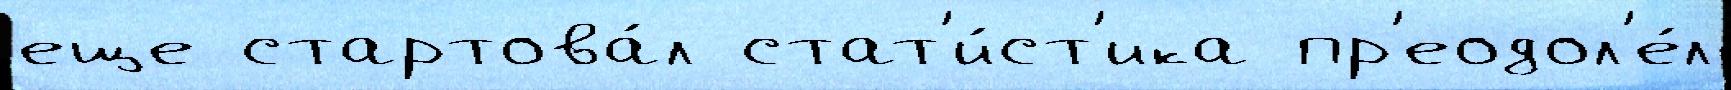
еще стартова́л стат'и́ст'ика пр'еодол'е́л